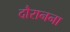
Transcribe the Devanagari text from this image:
दौरानना